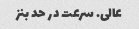
عالی. سرعت در حد بنز